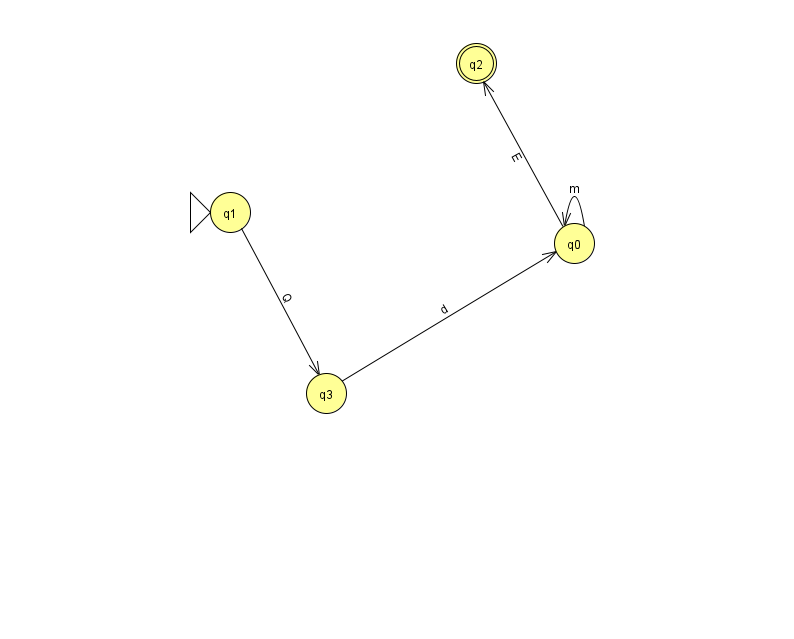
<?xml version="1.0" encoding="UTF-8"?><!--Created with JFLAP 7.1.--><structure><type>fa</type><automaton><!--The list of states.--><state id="0" name="q0"><x>574.0</x><y>230.0</y></state><state id="1" name="q1"><x>230.0</x><y>199.0</y><initial/></state><state id="2" name="q2"><x>476.0</x><y>50.0</y><final/></state><state id="3" name="q3"><x>326.0</x><y>380.0</y></state><!--The list of transitions.--><transition><from>0</from><to>2</to><read>E</read></transition><transition><from>3</from><to>0</to><read>d</read></transition><transition><from>1</from><to>3</to><read>Q</read></transition><transition><from>0</from><to>0</to><read>m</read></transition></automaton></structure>